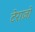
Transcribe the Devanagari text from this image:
टेराज़ो